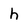
Character: h